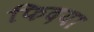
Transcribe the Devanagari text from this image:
फिदया